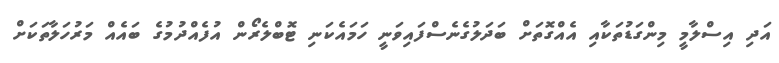
އަދި އިސްލާމީ މިންގަޑުތަކާއި އެއްގޮތަށް ބަދަލުގެނެސްފައިވަނީ ހަމައެކަނި ޓޮބްލެރޯން އުފެއްދުމުގެ ބައެއް މަރުހަލާތަކަށް